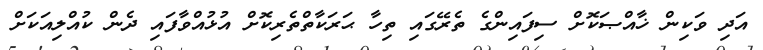
އަދި ވަކިން ޚާއްޞަކޮށް ސިފައިންގެ ތެރޭގައި ތިހާ ޙަރަކާތްތެރިކޮށް އުޅުއްވާފައި ދެން ކުއްލިއަކަށް